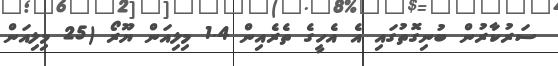
ސަރުކާރުން ބުނިގޮތުގައި އެ އެހީގެ ތެރެއިން 1.4 މިލިއަން ޔޫރޯ (25 މިލިއަން